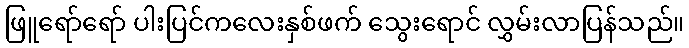
ဖြူရော်ရော် ပါးပြင်ကလေးနှစ်ဖက် သွေးရောင် လွှမ်းလာပြန်သည်။